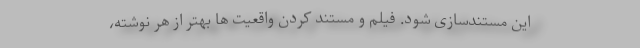
این مستندسازی شود. فیلم و مستند کردن واقعیت ها بهتر از هر نوشته،